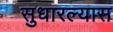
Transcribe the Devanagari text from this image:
सुधारल्यास